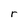
Character: r